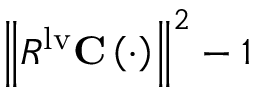
\left\| \mathbfcal { R } ^ { \mathrm { { l v } } } \mathbf { C } \left( \cdot \right) \right\| ^ { 2 } - 1